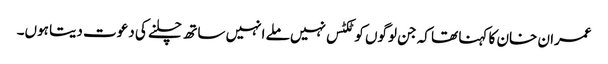
عمران خان کا کہنا تھا کہ جن لوگوں کو ٹکٹس نہیں ملے انہیں ساتھ چلنے کی دعوت دیتا ہوں۔